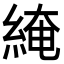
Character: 𦁏